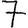
Digit: 7